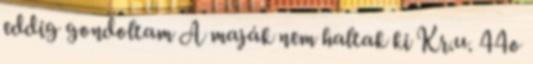
eddig gondoltam A maják nem haltak ki Kr.u. 44o